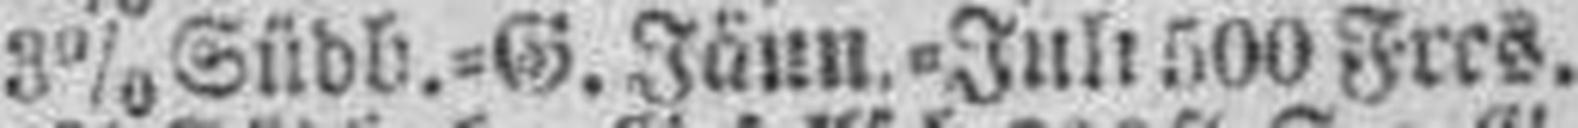
3% Südb.=G. Jänn.=Juli 500 Frcs.